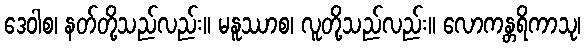
ဒေဝါစ၊ နတ်တို့သည်လည်း။ မနူဿာစ၊ လူတို့သည်လည်း။ လောကန္တရိကာသု၊